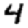
Digit: 4